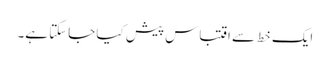
ایک خط سے اقتباس پیش کیا جاسکتا ہے۔